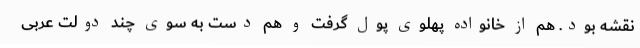
نقشه بود. هم از خانواده پهلوی پول گرفت و هم دست به سوی چند دولت عربی